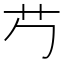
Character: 𬜠